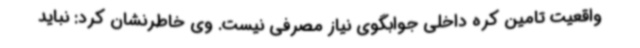
واقعیت تامین کره داخلی جوابگوی نیاز مصرفی نیست. وی خاطرنشان کرد: نباید